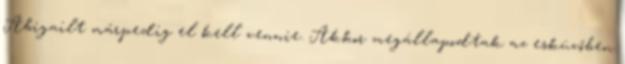
Abigailt márpedig el kell vennie. Akkor megállapodtak az esküvőben